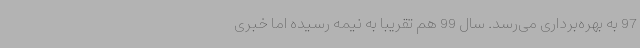
97 به بهره‌برداری می‌رسد. سال 99 هم تقریباً به نیمه رسیده اما خبری